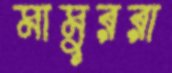
মামুররা